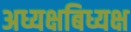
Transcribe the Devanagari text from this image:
अध्यक्षबिध्यक्ष